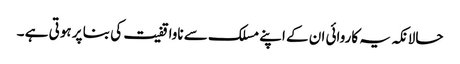
حالانکہ یہ کاروائی ان کے اپنے مسلک سے ناواقفیت کی بنا پر ہوتی ہے ۔